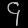
Digit: ၄